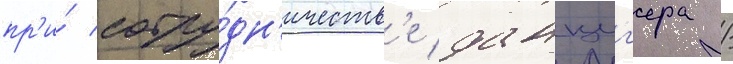
пр'и́ сотру́дн'ичеств'е данциг'ера /